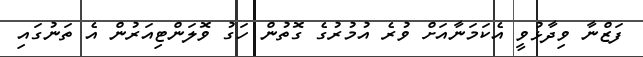
ފަޒްނާ ވިދާޅުވީ އެކަމަނާއަށް ވުރެ އުމުރުގެ ގޮތުން ހަގު ވޮލަންޓިއަރުން އެ ތަނުގައި